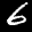
Label: 6